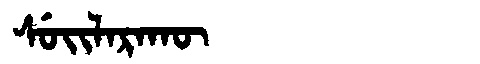
Manchu: ᠰᡠᡳᠯᠠᡵᠠᡴᡡ
Romanization: SUILARAKŪ